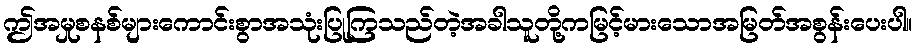
ဤအမှုစနစ်များကောင်းစွာအသုံးပြုကြသည်တဲ့အခါသူတို့ကမြင့်မားသောအမြတ်အစွန်းပေးပါ။